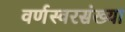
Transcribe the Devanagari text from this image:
वर्णस्वरसंख्या